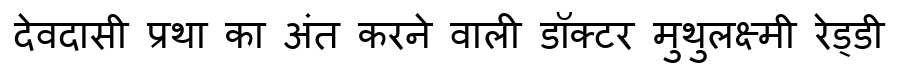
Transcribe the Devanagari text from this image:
देवदासी प्रथा का अंत करने वाली डॉक्टर मुथुलक्ष्मी रेड्डी